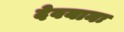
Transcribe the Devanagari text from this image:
देवयानः